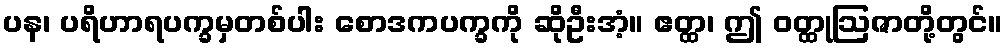
ပန၊ ပရိဟာရပက္ခမှတစ်ပါး စောဒကပက္ခကို ဆိုဦးအံ့။ ဧတ္ထ၊ ဤ ဝတ္ထုဩဇာတို့တွင်။